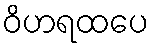
ဝိဟရထပေ